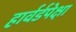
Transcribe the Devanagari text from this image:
हार्वर्डपेक्षा